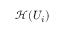
{ \mathcal { H } } ( U _ { i } )